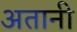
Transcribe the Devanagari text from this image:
अतानी